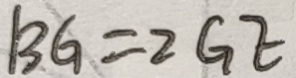
B G = 2 G E